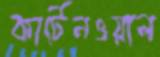
কার্টেনওয়াল